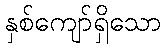
နှစ်ကျော်ရှိသော